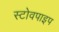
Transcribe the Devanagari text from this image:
स्टोवपाइप